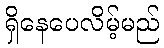
ရှိနေပေလိမ့်မည်